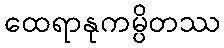
ထေရာနုကမ္ပိတဿ